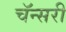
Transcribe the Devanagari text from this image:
चॅन्सरी